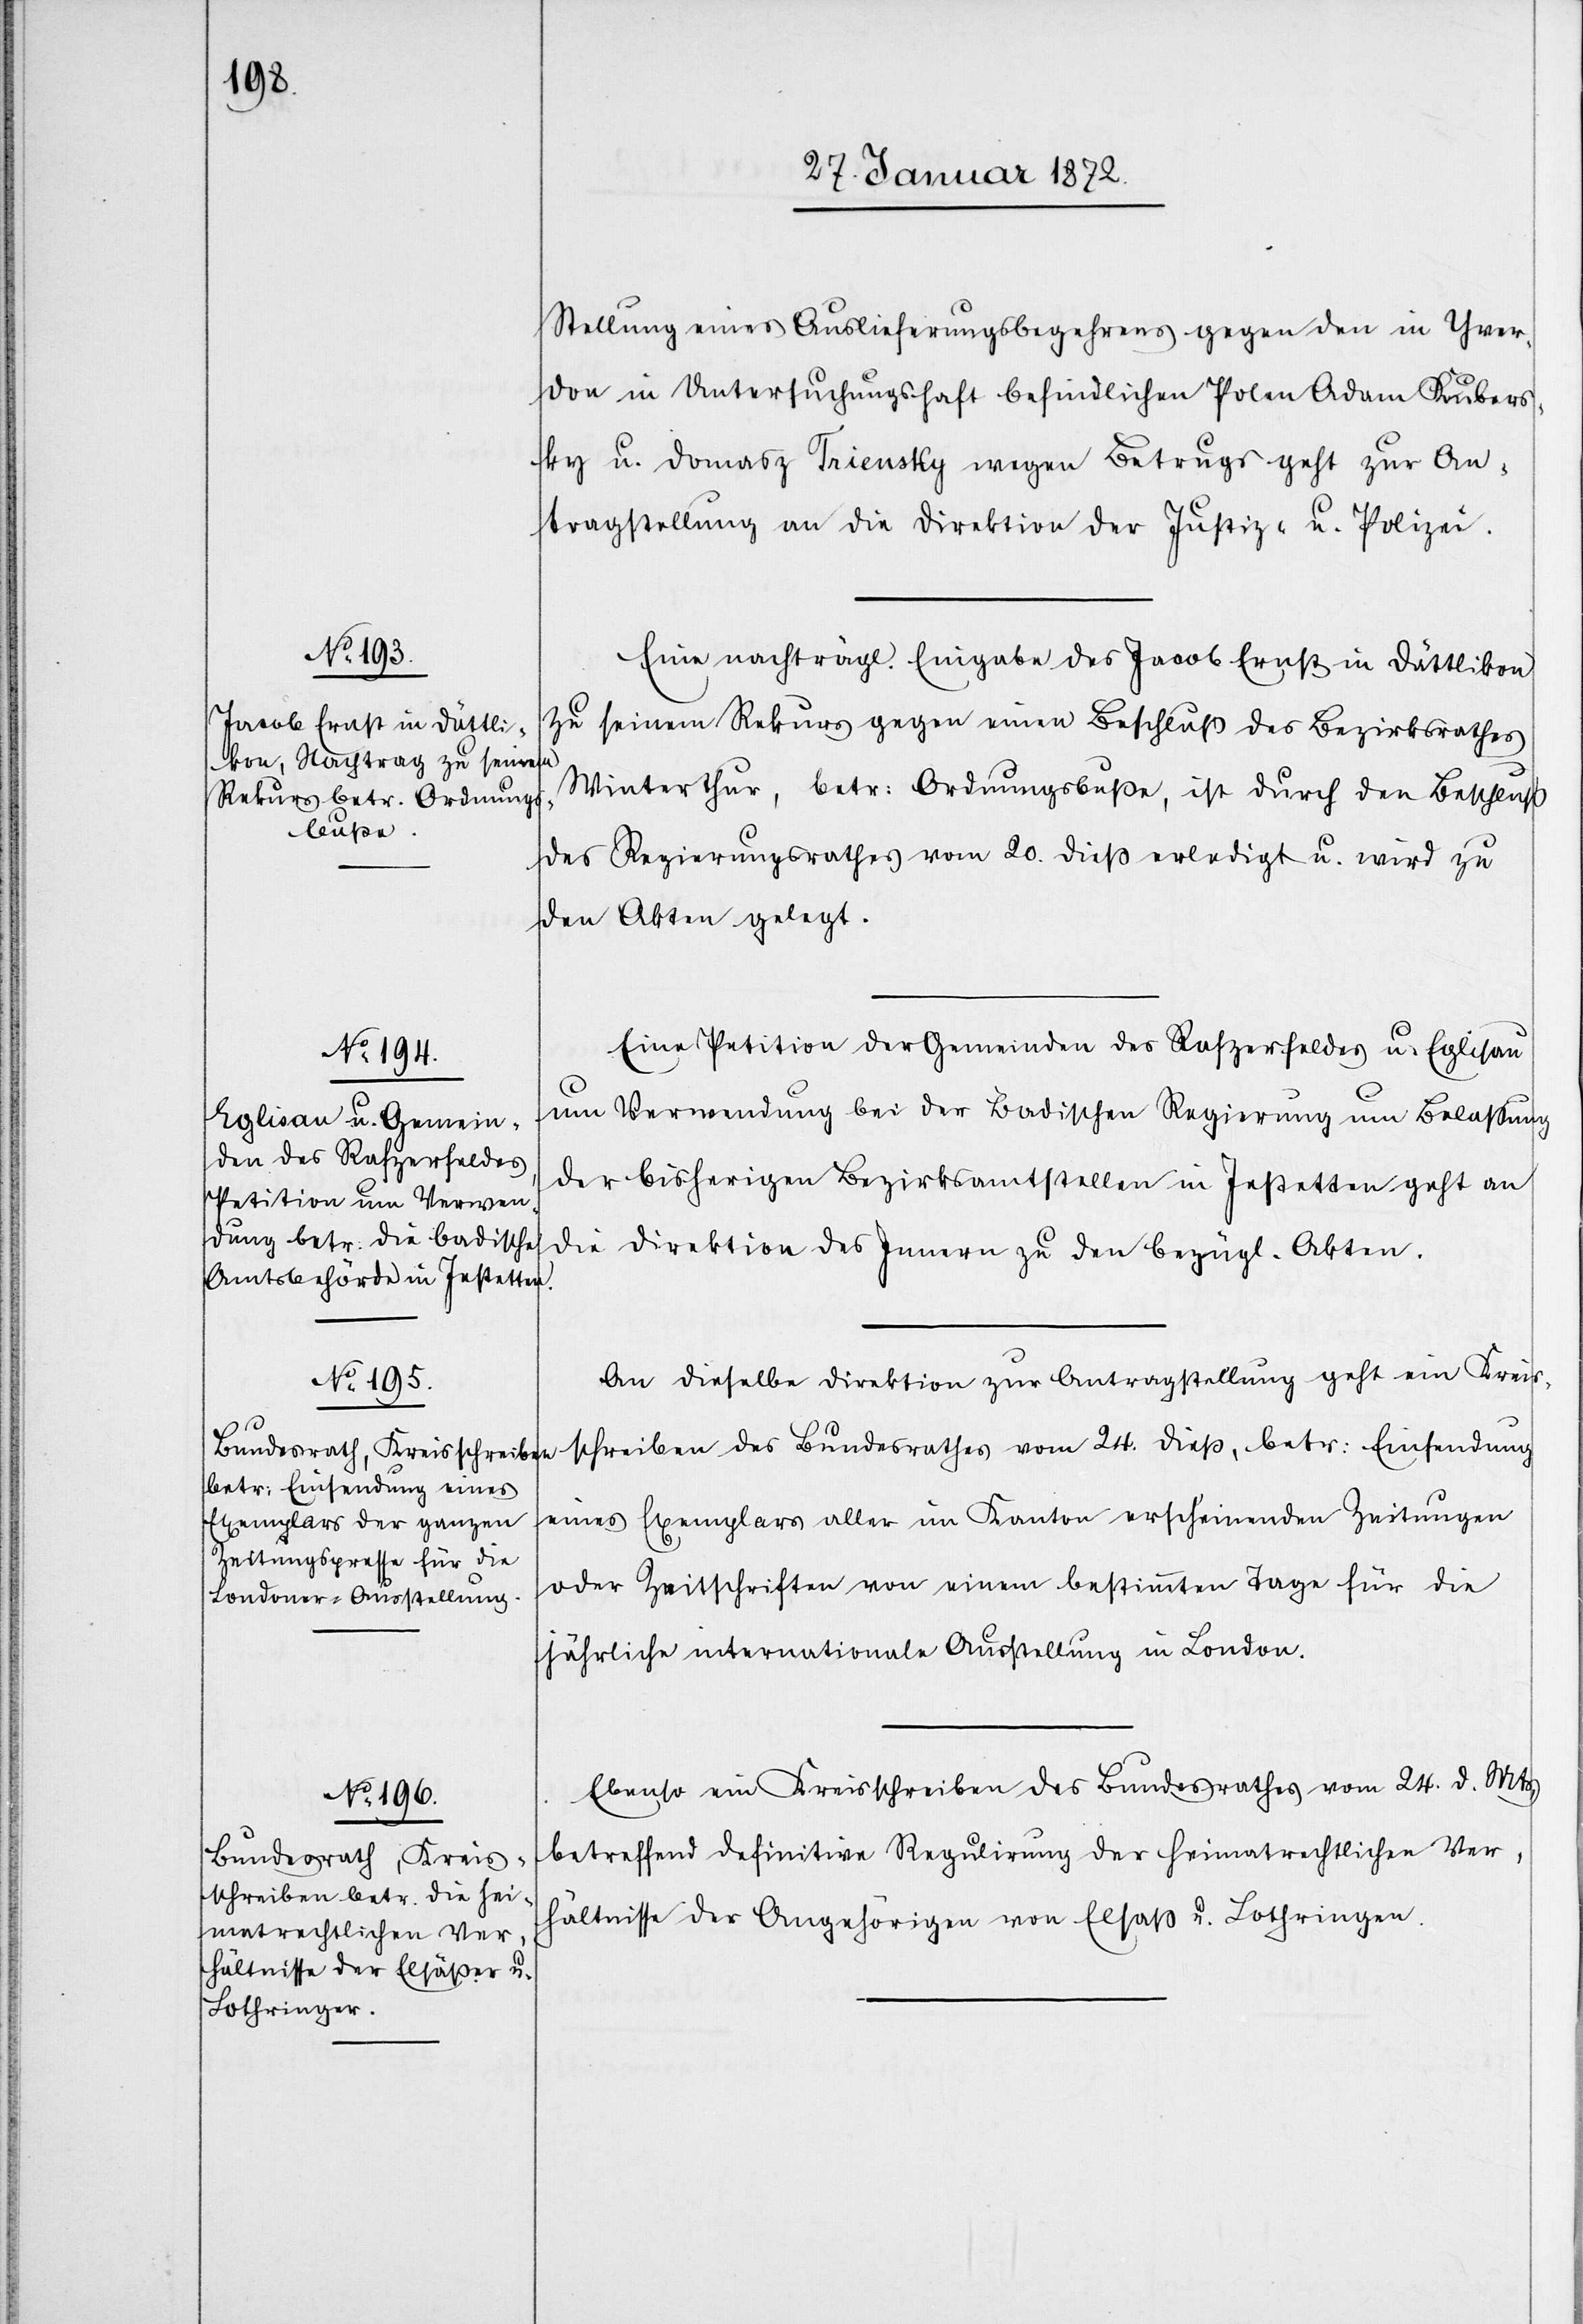
30. Januar 1872.]
Stellung eines Auslieferungsbegehrens gegen den Yver¬
don in Untersuchungshaft befindlichen Polen Adam Kubers¬
ky u. Domasz Triensky wegen Betrugs geht zur An¬
tragsstellung an die Direktion der Justiz- u. Polizei.
Eine nachträgl. Eingabe des Jacob Ernst in Dättlikon
zu seinem Rekurs gegen einen Beschluß des Bezirksrathes
Winterthur, betr. Ordnungsbuße, ist durch den Beschluß
des Regierungsrathes vom 20. dieß erledigt u. wird zu
den Akten gelegt.
Eine Petition der Gemeinden des Rafzerfeldes u. Eglisau
um Verwendung bei der Badischen Regierung um Belaßung
der bisherigen Bezirksamtstellen in Instetten geht an
die Direktion des Innern zu den bezügl. Akten.
An dieselbe Direktion zur Antragsstellung geht ein Kreis¬
schreiben des Bundesrathes vom 24. dieß, betr. Einsendung
eines Exemplars aller im Kanton erscheinenden Zeitungen
oder Zeitschriften von einem bestimmten Tage für die
jährliche internationale Ausstellung in London.
Ebenso ein Kreisschreiben des Bundesrathes vom 24. d. Mts,
betreffend definitive Regulirung der heimatrechtlichen Ver¬
hältnisse der Angehörigen von Elsaß u. Lothringen.